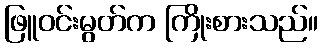
ဖြူဝင်းမွတ်က ကြိုးစားသည်။